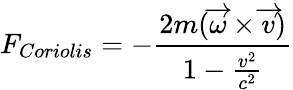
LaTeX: F_{Coriolis}=-\frac{2m(\overrightarrow{\omega}\times\overrightarrow{v})}{1-\frac{v^{2}}{c^{2}}}